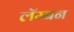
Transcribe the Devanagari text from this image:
लॅम्बन